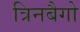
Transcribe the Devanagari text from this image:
त्रिनबैगो